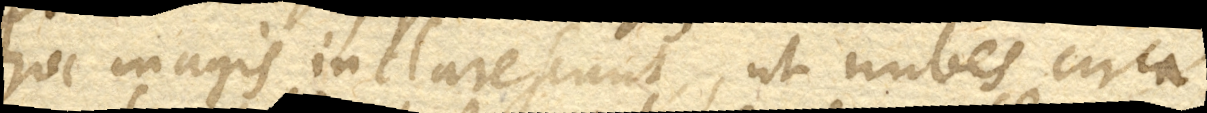
hoc magis inclarescunt, ut nubes circa